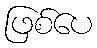
ဖြစ်ပေ